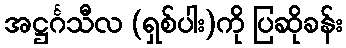
အဋ္ဌင်္ဂသီလ (ရှစ်ပါး)ကို ပြဆိုခန်း